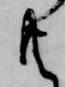
共